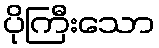
ပိုကြီးသော